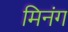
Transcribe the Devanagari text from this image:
मिनंग